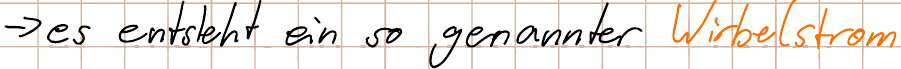
-> es entsteht ein so genannter Wirbelstrom